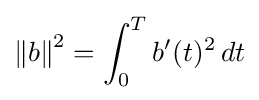
\left\Vert b\right\Vert ^{2}=\int _{0}^{T}b'(t)^{2}\,dt